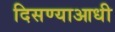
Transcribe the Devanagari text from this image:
दिसण्याआधी